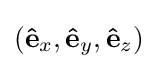
(\mathbf {\hat {e}} _{x},\mathbf {\hat {e}} _{y},\mathbf {\hat {e}} _{z})